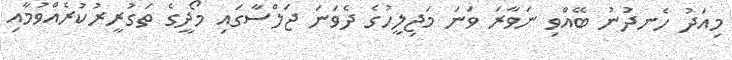
މިއަދު ހެނދުނު ބޭއްވި ނަވާރަ ވަނަ މަޖިލީހުގެ ދެވަނަ ޖަލްސާގައި މޯދީގެ ތަގުރީރުކުރެއްވުމާއި